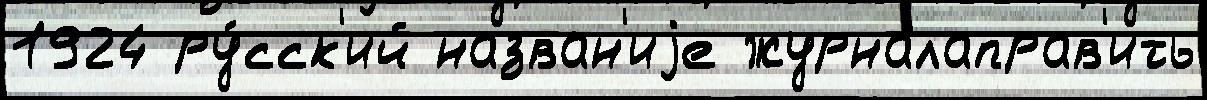
1924 ру́сск'ий назван'иjе журналаправ'ить